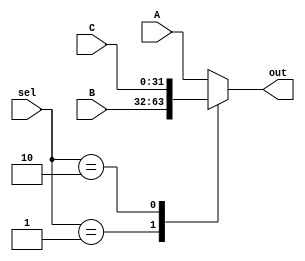
`timescale 1ns / 1ps
//////////////////////////////////////////////////////////////////////////////////
// Company: 
// Engineer: 
// 
// Design Name: 
// Module Name: Mux32Bit3to1
// Project Name: 
// Target Devices: 
// Tool Versions: 
// Description: 
// 
// Dependencies: 
// 
// Revision:
// Revision 0.01 - File Created
// Additional Comments:
// 
//////////////////////////////////////////////////////////////////////////////////


module Mux32Bit3to1(out, A, B, C, sel);

    output reg [31:0] out;
    
    input [31:0] A, B, C;
    input [1:0] sel;
    
   
    /* Fill in the implementation here ... */ 
    always @(*) begin
    out<=A;
    case(sel)
    2'b00: out<=A;
    2'b01: out<=B;
    2'b10: out<=C;
    endcase
    end
    
endmodule